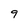
Character: 9